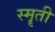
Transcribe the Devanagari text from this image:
स्मॄती